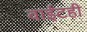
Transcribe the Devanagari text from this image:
वाईटही